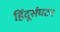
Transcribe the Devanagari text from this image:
हिंदूसंघटन